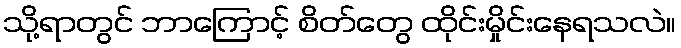
သို့ရာတွင် ဘာကြောင့် စိတ်တွေ ထိုင်းမှိုင်းနေရသလဲ။